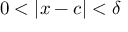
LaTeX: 0 < | x - c | < \delta